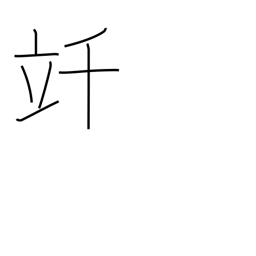
Meaning: kilolitre